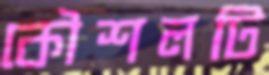
কৌশলটি